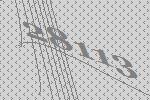
28113